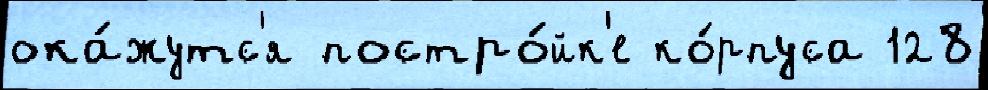
ока́жутс'я постро́йк'е ко́рпуса 128